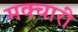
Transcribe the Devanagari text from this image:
मक्चारी